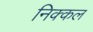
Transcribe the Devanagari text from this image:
निक्कल